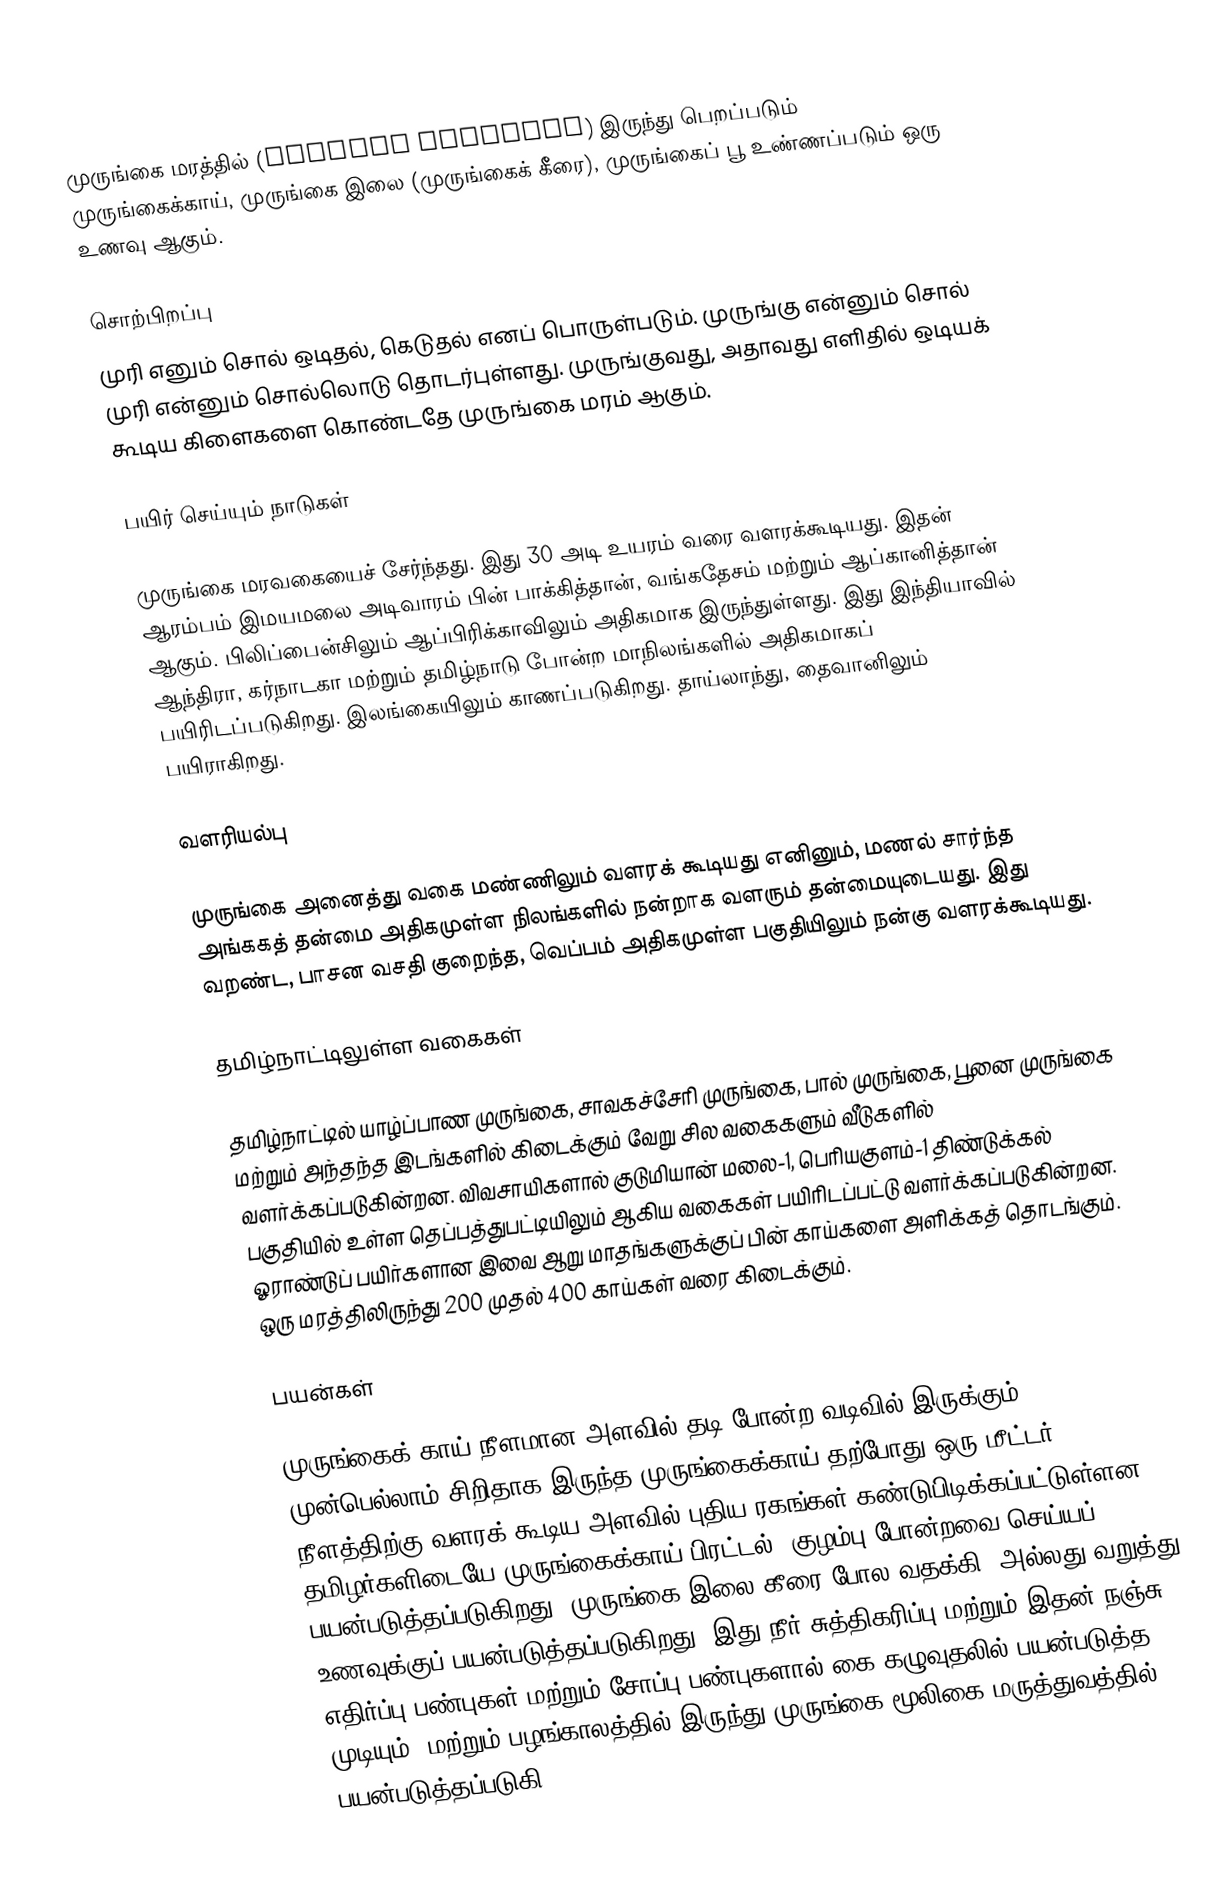
முருங்கை மரத்தில் (Moringa oleifera) இருந்து பெறப்படும் முருங்கைக்காய், முருங்கை இலை (முருங்கைக் கீரை), முருங்கைப் பூ உண்ணப்படும் ஒரு உணவு ஆகும்.

சொற்பிறப்பு
முரி எனும் சொல் ஒடிதல், கெடுதல் எனப் பொருள்படும். முருங்கு என்னும் சொல் முரி என்னும் சொல்லொடு தொடர்புள்ளது. முருங்குவது, அதாவது எளிதில் ஒடியக் கூடிய கிளைகளை கொண்டதே முருங்கை மரம் ஆகும்.

பயிர் செய்யும் நாடுகள்

முருங்கை மரவகையைச் சேர்ந்தது. இது 30 அடி உயரம் வரை வளரக்கூடியது. இதன் ஆரம்பம் இமயமலை அடிவாரம் பின் பாக்கித்தான், வங்கதேசம் மற்றும் ஆப்கானித்தான் ஆகும். பிலிப்பைன்சிலும் ஆப்பிரிக்காவிலும் அதிகமாக இருந்துள்ளது. இது இந்தியாவில் ஆந்திரா, கர்நாடகா மற்றும் தமிழ்நாடு போன்ற மாநிலங்களில் அதிகமாகப் பயிரிடப்படுகிறது. இலங்கையிலும் காணப்படுகிறது. தாய்லாந்து, தைவானிலும் பயிராகிறது.

வளரியல்பு

முருங்கை அனைத்து வகை மண்ணிலும் வளரக் கூடியது எனினும், மணல் சார்ந்த அங்ககத் தன்மை அதிகமுள்ள நிலங்களில் நன்றாக வளரும் தன்மையுடையது. இது வறண்ட, பாசன வசதி குறைந்த, வெப்பம் அதிகமுள்ள பகுதியிலும் நன்கு வளரக்கூடியது.

தமிழ்நாட்டிலுள்ள வகைகள்

தமிழ்நாட்டில் யாழ்ப்பாண முருங்கை, சாவகச்சேரி முருங்கை, பால் முருங்கை, பூனை முருங்கை மற்றும் அந்தந்த இடங்களில் கிடைக்கும் வேறு சில வகைகளும் வீடுகளில் வளர்க்கப்படுகின்றன. விவசாயிகளால் குடுமியான் மலை-1, பெரியகுளம்-1 திண்டுக்கல் பகுதியில் உள்ள தெப்பத்துபட்டியிலும் ஆகிய வகைகள் பயிரிடப்பட்டு வளர்க்கப்படுகின்றன. ஓராண்டுப் பயிர்களான இவை ஆறு மாதங்களுக்குப் பின் காய்களை அளிக்கத் தொடங்கும். ஒரு மரத்திலிருந்து 200 முதல் 400 காய்கள் வரை கிடைக்கும்.

பயன்கள்

முருங்கைக் காய் நீளமான அளவில் தடி போன்ற வடிவில் இருக்கும். முன்பெல்லாம் சிறிதாக இருந்த முருங்கைக்காய் தற்போது ஒரு மீட்டர் நீளத்திற்கு வளரக் கூடிய அளவில் புதிய ரகங்கள் கண்டுபிடிக்கப்பட்டுள்ளன. தமிழர்களிடையே முருங்கைக்காய் பிரட்டல், குழம்பு போன்றவை செய்யப் பயன்படுத்தப்படுகிறது. முருங்கை இலை கீரை போல வதக்கி, அல்லது வறுத்து உணவுக்குப் பயன்படுத்தப்படுகிறது. இது  நீர் சுத்திகரிப்பு மற்றும் இதன் நஞ்சு எதிர்ப்பு பண்புகள் மற்றும் சோப்பு பண்புகளால் கை கழுவுதலில் பயன்படுத்த முடியும், மற்றும் பழங்காலத்தில் இருந்து முருங்கை மூலிகை மருத்துவத்தில் பயன்படுத்தப்படுகி